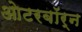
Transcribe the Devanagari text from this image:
ओटरबॉर्न